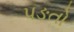
પઙતો